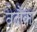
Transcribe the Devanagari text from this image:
वेदौंका